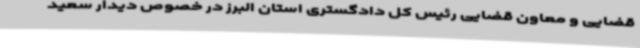
قضایی و معاون قضایی رئیس کل دادگستری استان البرز در خصوص دیدار سعید